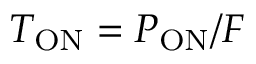
T _ { \mathrm { O N } } = P _ { \mathrm { O N } } / F